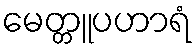
မေတ္တူပဟာရံ